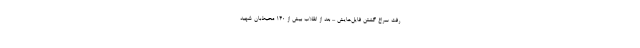
رفت سراغ گشتن فایل‌هایش ... بعد از انقلاب بیش از 140 محیط‌بان شهید